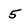
Character: 5